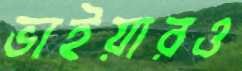
ভাইয়ারও